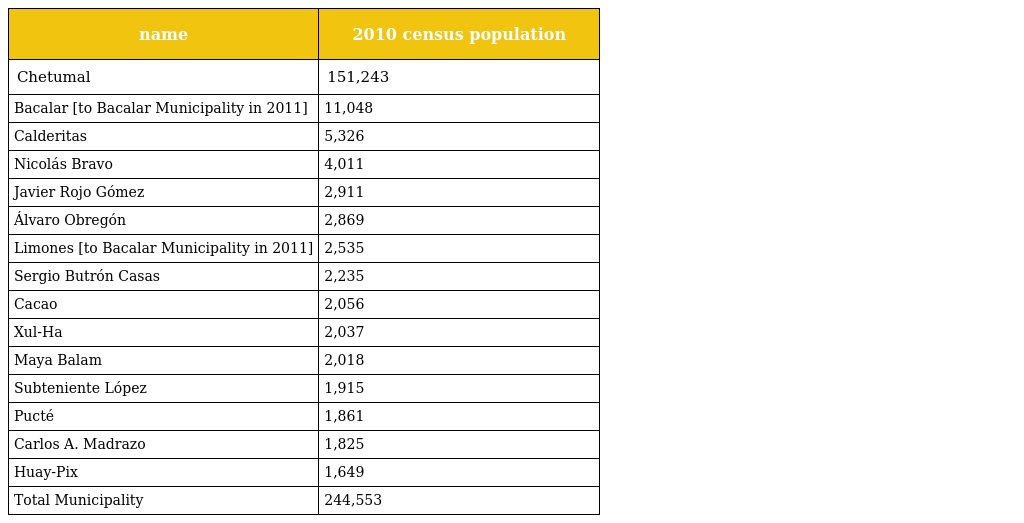
| name | 2010 census population |
 | --- | --- |
 | Chetumal | 151,243 |
 | Bacalar [to Bacalar Municipality in 2011] | 11,048 |
 | Calderitas | 5,326 |
 | Nicolás Bravo | 4,011 |
 | Javier Rojo Gómez | 2,911 |
 | Álvaro Obregón | 2,869 |
 | Limones [to Bacalar Municipality in 2011] | 2,535 |
 | Sergio Butrón Casas | 2,235 |
 | Cacao | 2,056 |
 | Xul-Ha | 2,037 |
 | Maya Balam | 2,018 |
 | Subteniente López | 1,915 |
 | Pucté | 1,861 |
 | Carlos A. Madrazo | 1,825 |
 | Huay-Pix | 1,649 |
 | Total Municipality | 244,553 |